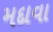
મદાવા